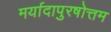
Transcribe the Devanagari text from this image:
मर्यादापुरषोत्तम